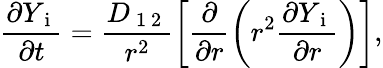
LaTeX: \frac{\partial Y_{\mathrm{~i~}}}{\partial t}=\frac{D_{\mathrm{~1~2~}}}{r^{2}}\left[\frac{\partial}{\partial r}\left(r^{2}\frac{\partial Y_{\mathrm{~i~}}}{\partial r}\right)\right],